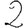
Digit: 2